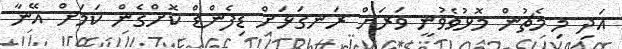
އަދި މި މެޗުން މޮޅުވެވުނީ ވަރަށް ރަނގަޅަށް ޑިފެންޑް ކޮށްގެން ކަމަށް އޭނާ